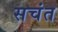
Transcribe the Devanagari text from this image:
सचंत